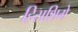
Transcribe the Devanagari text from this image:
हिसशिगे